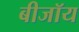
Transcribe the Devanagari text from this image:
बीजॉय